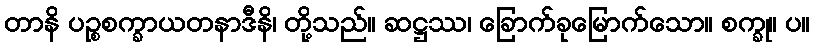
တာနိ ပဉ္စစက္ခာယတနာဒီနိ၊ တို့သည်။ ဆဋ္ဌဿ၊ ခြောက်ခုမြောက်သော။ စက္ခု။ ပ။